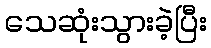
သေဆုံးသွားခဲ့ပြီး